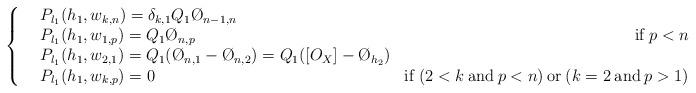
LaTeX: \begin{align*}\left\{ \begin{array}{llr} &P_{l_1}(h_1,w_{k,n}) = \delta_{k,1} Q_1 \O_{n-1,n}& \\&P_{l_1}(h_1,w_{1,p}) = Q_1 \O_{n,p} & \mathrm{if} \: p<n\\&P_{l_1}(h_1,w_{2,1}) = Q_1 (\O_{n,1}-\O_{n,2}) = Q_1 ([O_X] -\O_{h_2})&\\&P_{l_1}(h_1,w_{k,p}) =0 & \mathrm{if} \: (2 <k \: \mathrm{and} \: p<n) \: \mathrm{or} \: (k=2 \: \mathrm{and} \: p>1) \end{array}\right.\end{align*}